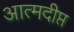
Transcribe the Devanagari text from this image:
आत्मदीप्त